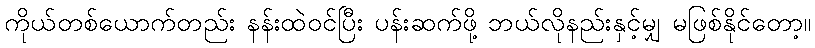
ကိုယ်တစ်ယောက်တည်း နန်းထဲဝင်ပြီး ပန်းဆက်ဖို့ ဘယ်လိုနည်းနှင့်မျှ မဖြစ်နိုင်တော့။